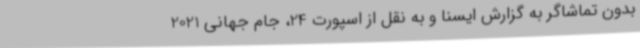
بدون تماشاگر به گزارش ایسنا و به نقل از اسپورت 24، جام جهانی 2021